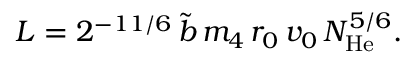
L = 2 ^ { - 1 1 / 6 } \, \tilde { b } \, m _ { 4 } \, r _ { 0 } \, v _ { 0 } \, N _ { \mathrm { H e } } ^ { 5 / 6 } .